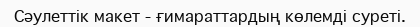
Сәулеттiк макет - ғимараттардың көлемдi суретi.